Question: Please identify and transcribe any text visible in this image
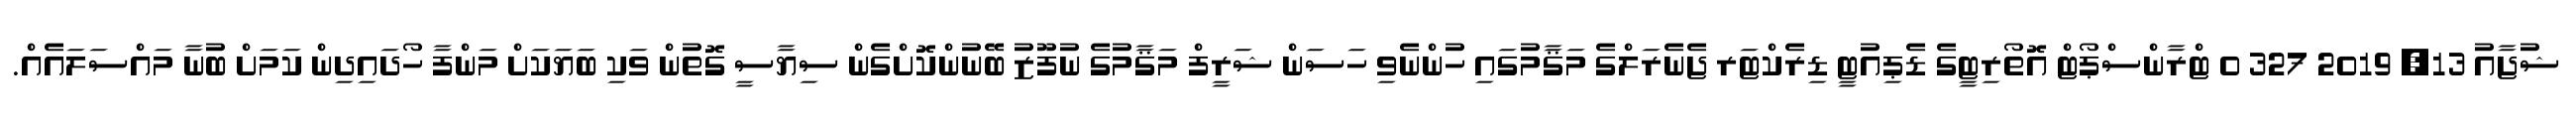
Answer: ޝުޖާއު 13, 2019 327 0 ޓްރާންސްޕޯޓް އޮތޯރިޓީގެ ޑެޕިއުޓީ ޑިރެކްޓަރ ޖެނެރަލްގެ މަޤާމުގައި ހުންނެވި ހަސަން ޝަރީފް މަޤާމުގެ ނުފޫޒު ބޭނުންކޮށްގެން ސިޔާސީ ގޮތުން ވަކި ބަޔަކަށް މަންފާ ހޯދައިދިން ކަމަށް ބުނާ މައްސަލައެއް.